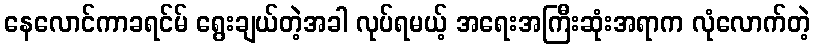
နေလောင်ကာခရင်မ် ရွေးချယ်တဲ့အခါ လုပ်ရမယ့် အရေးအကြီးဆုံးအရာက လုံလောက်တဲ့